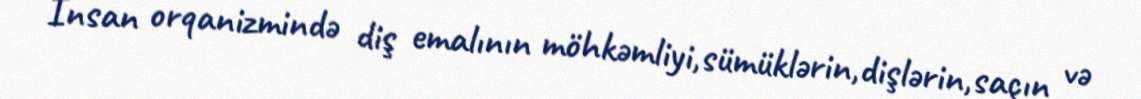
İnsan orqanizmində diş emalının möhkəmliyi,sümüklərin,dişlərin,saçın və